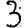
Digit: 3